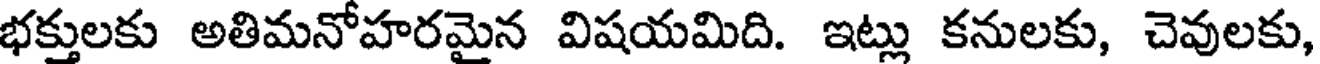
భక్తులకు అతిమనోహరమైన విషయమిది. ఇట్లు కనులకు, చెవులకు,